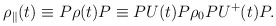
\begin{align*}{\rho}_{\parallel}(t) \equiv P \rho (t) P\equiv P U(t) P {\rho}_{0} P U^{+}(t) P .\end{align*}